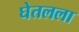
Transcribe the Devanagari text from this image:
घेतलला